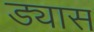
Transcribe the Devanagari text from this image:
ड्यास